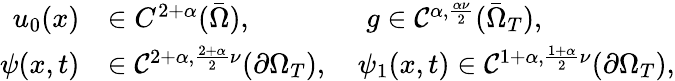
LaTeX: \begin{array}{rl}{u_{0}(x)}&{\in C^{2+\alpha}(\bar{\Omega}),\qquad\qquad g\in\mathcal{C}^{\alpha,\frac{\alpha\nu}{2}}(\bar{\Omega}_{T}),}\\ {\psi(x,t)}&{\in\mathcal{C}^{2+\alpha,\frac{2+\alpha}{2}\nu}(\partial\Omega_{T}),\quad\psi_{1}(x,t)\in\mathcal{C}^{1+\alpha,\frac{1+\alpha}{2}\nu}(\partial\Omega_{T}),}\end{array}